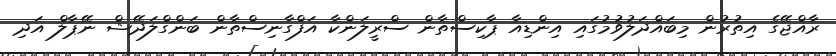
ރާއްޖޭގެ އިތުރުން މިބައްދަލުވުމުގައި އިންޑިއާ ޕާކިސްތާން ސްރީލަންކާ އަފްގާނިސްތާން ބަންގްލަދޭޝް ނޭޕާލް އަދި